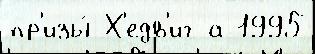
пр'изы́ Х'едв'иг а 1995